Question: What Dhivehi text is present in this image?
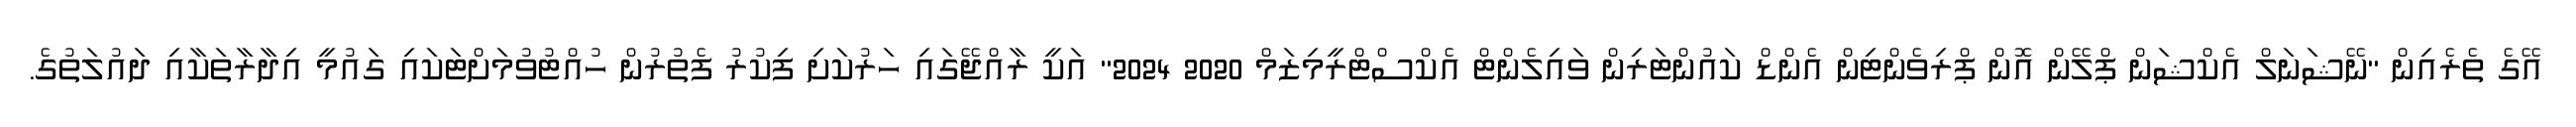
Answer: އޭގެ ތެރެއިން "ނޭޝަނަލް އެކްޝަން ޕްލޭން އޮން ޕްރިވެންޓިން އެންޑް ކައުންޓަރިން ވައިލެންޓް އެކްސްޓްރީމިޒަމް 2020 2024" އަކީ ރާއްޖޭގައި ހަރުކަށި ފިކުރު ފެތުރުން ހުއްޓުވުމަށްޓަކައި ގައުމީ އިދާރާތަކާއި ދައުލަތުގެ.